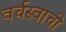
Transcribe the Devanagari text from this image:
वर्चस्वाची